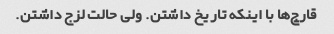
قارچ‌ها با اینکه تاریخ داشتن. ولی حالت لزج داشتن.